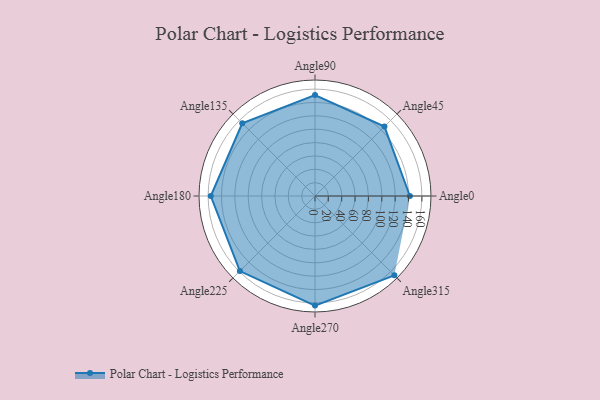
{"axis": {"x": "Angle", "y": "Radius"}, "legend": [""], "data": [{"x": "Angle0", "y": 142.0, "type": ""}, {"x": "Angle45", "y": 147.0, "type": ""}, {"x": "Angle90", "y": 151.0, "type": ""}, {"x": "Angle135", "y": 154.0, "type": ""}, {"x": "Angle180", "y": 156.0, "type": ""}, {"x": "Angle225", "y": 159.0, "type": ""}, {"x": "Angle270", "y": 164.0, "type": ""}, {"x": "Angle315", "y": 168.0, "type": ""}]}